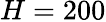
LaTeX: H=200